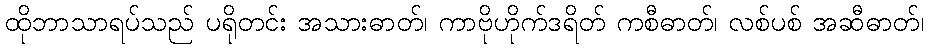
ထိုဘာသာရပ်သည် ပရိုတင်း အသားဓာတ်၊ ကာဗိုဟိုက်ဒရိတ် ကစီဓာတ်၊ လစ်ပစ် အဆီဓာတ်၊